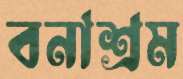
বনাশ্রম